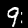
Digit: 9